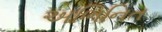
અભિનિત